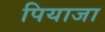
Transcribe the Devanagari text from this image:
पियाजा